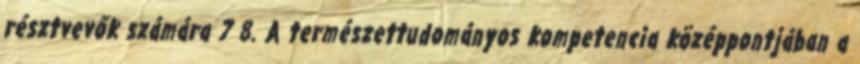
résztvevők számára 7 8. A természettudományos kompetencia középpontjában a